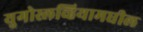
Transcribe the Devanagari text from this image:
युगोस्लव्हियामधील